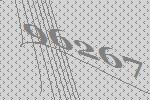
96267